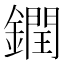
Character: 𨬔